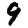
Digit: 9